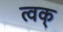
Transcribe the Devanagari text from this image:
त्वक्‌